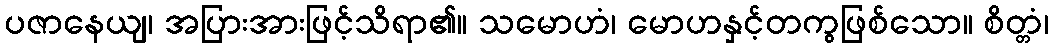
ပဇာနေယျ၊ အပြားအားဖြင့်သိရာ၏။ သမောဟံ၊ မောဟနှင့်တကွဖြစ်သော။ စိတ္တံ၊